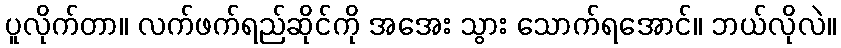
ပူလိုက်တာ။ လက်ဖက်ရည်ဆိုင်ကို အအေး သွား သောက်ရအောင်။ ဘယ်လိုလဲ။